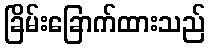
ခြိမ်းခြောက်ထားသည်